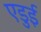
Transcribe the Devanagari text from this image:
एडुई